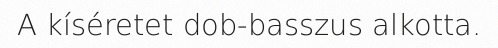
A kíséretet dob-basszus alkotta.